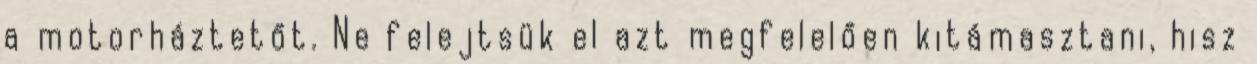
a motorháztetőt. Ne felejtsük el azt megfelelően kitámasztani, hisz